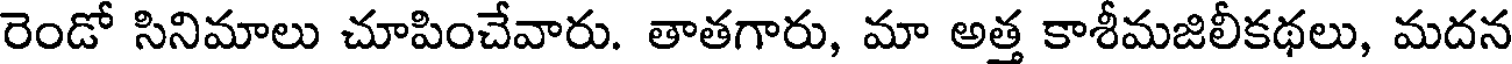
రెండో సినిమాలు చూపించేవారు. తాతగారు, మా అత్త కాశీమజిలీకథలు, మదన